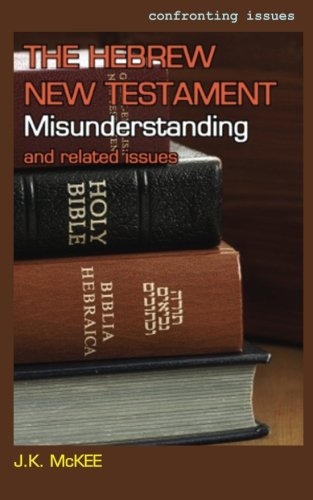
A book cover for The Hebrew New Testament Misunderstanding and related issues; J.K. McKee; Christian Books & Bibles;